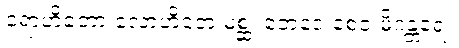
ရောဟိတော လောဟိတေ မစ္ဆ၊ ဘေဒေ စေဝ မိဂန္တရေ။